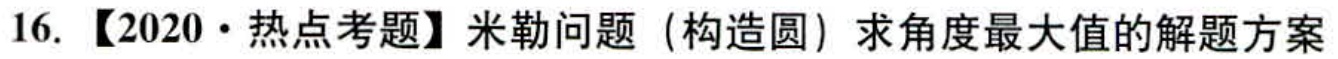
16. 【2020·热点考题】米勒问题（构造圆）求角度最大值的解题方案